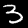
Digit: 3